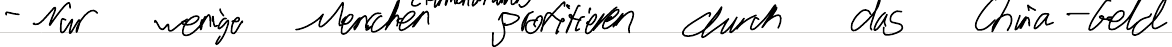
- Nur wenige Menschen profitieren durch das China-Geld